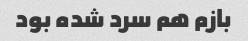
بازم هم سرد شده بود